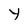
Character: Y